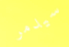
سيدمر